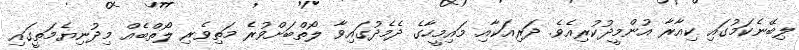
ލިބޭނެކަމުގައި ކިއާރާ އުންމީދުކުރިއެވެ. ދަރިއަކާއި މައިމީހާގެ ދެމެދުގައިވާ ލޯތްބަށްވުރެ މަތިވެރި ލޯތްބެއް މިދުނިޔެމަތީގައި